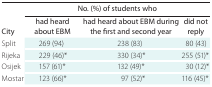
<table><thead><tr><td></td><td colspan="3"><b>No. (%) of students who</b></td></tr><tr><td><b>City</b></td><td><b>had heard about EBM</b></td><td><b>had heard about EBM during the first and second year</b></td><td><b>did not reply</b></td></tr></thead><tbody><tr><td>Split</td><td>269 (94)</td><td>238 (83)</td><td>80 (43)</td></tr><tr><td>Rijeka</td><td>229 (46)*</td><td>330 (34)*</td><td>255 (51)*</td></tr><tr><td>Osijek</td><td>157 (61)*</td><td>132 (49)*</td><td>30 (12)*</td></tr><tr><td>Mostar</td><td>123 (66)*</td><td>97 (52)*</td><td>116 (45)*</td></tr></tbody></table>